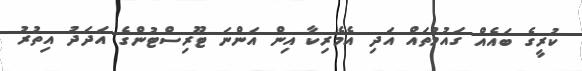
ކުރީގެ ބައެއް ގައުމުތައް އަދި އެމެރިކާ އިން އަންނަ ޓޫރިސްޓުންގެ އަދަދު އިތުރު